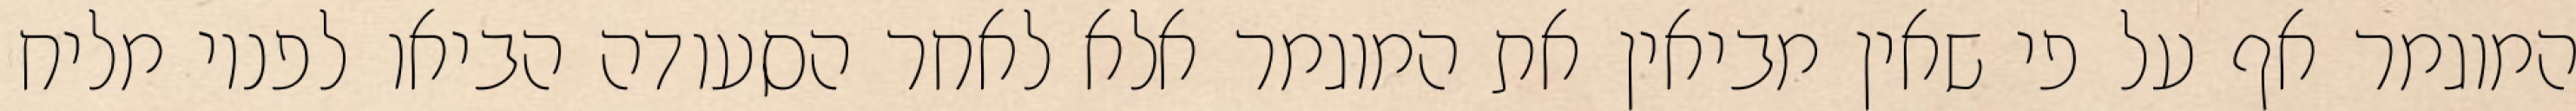
המוגמר אף על פי שאין מביאין את המוגמר אלא לאחר הסעודה הביאו לפניו מליח